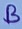
Text: B